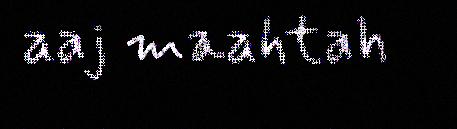
aaj maahtah